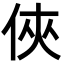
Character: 俠